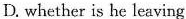
D. whether is he leaving